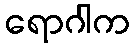
ရောဂါက